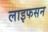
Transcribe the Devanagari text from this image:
लाइफसन